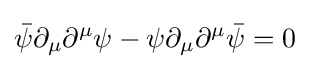
{\bar {\psi }}\partial _{\mu }\partial ^{\mu }\psi -\psi \partial _{\mu }\partial ^{\mu }{\bar {\psi }}=0